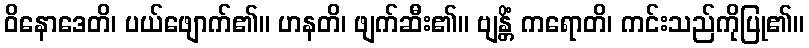
ဝိနောဒေတိ၊ ပယ်ဖျောက်၏။ ဟနတိ၊ ဖျက်ဆီး၏။ ဗျန္တိံ ကရောတိ၊ ကင်းသည်ကိုပြု၏။